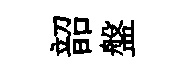
韶盤